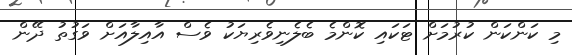
މި ކަންކަން ކުރުމަށް ޓަކައި ކޮންމެ ބެލެނިވެރިޔަކު ވެސް އާއިލާއަށް ވަގުތު ދޭން